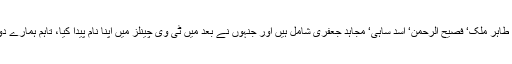
وہیں کئی دوست بنائے جو لاہور سے آئے ہوئے تھے جن میں احمد ولید‘ طاہر ملک‘ فصیح الرحمن‘ اسد ساہی‘ مجاہد جعفری شامل ہیں اور جنہوں نے بعد میں ٹی وی چینلز میں اپنا نام پیدا کیا، تاہم ہمارے دوست اسد ساہی کی اچانک موت ہم سب دوستوں کے لیے ایک جھٹکا تھی۔